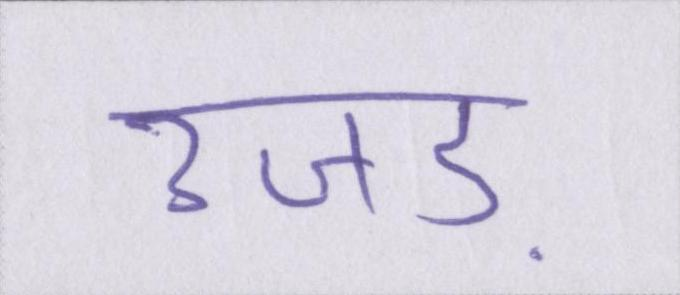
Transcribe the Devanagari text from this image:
उजड़